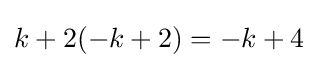
k+2(-k+2)=-k+4